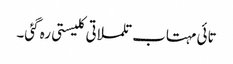
تائی مہتاب تلملاتی کلیستی رہ گئی۔